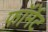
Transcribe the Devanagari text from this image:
फ़ाॅर्मेट